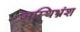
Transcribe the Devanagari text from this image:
अस्थिभ्रंश